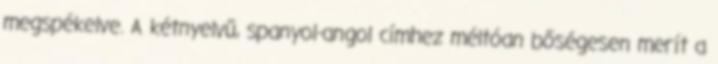
megspékelve. A kétnyelvű, spanyol-angol címhez méltóan bőségesen merít a